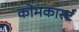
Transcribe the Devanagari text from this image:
कोमकास्ट